Plague in India, 1896, 1897 - Volume 1
Year: 1896
Disease focus: Plague
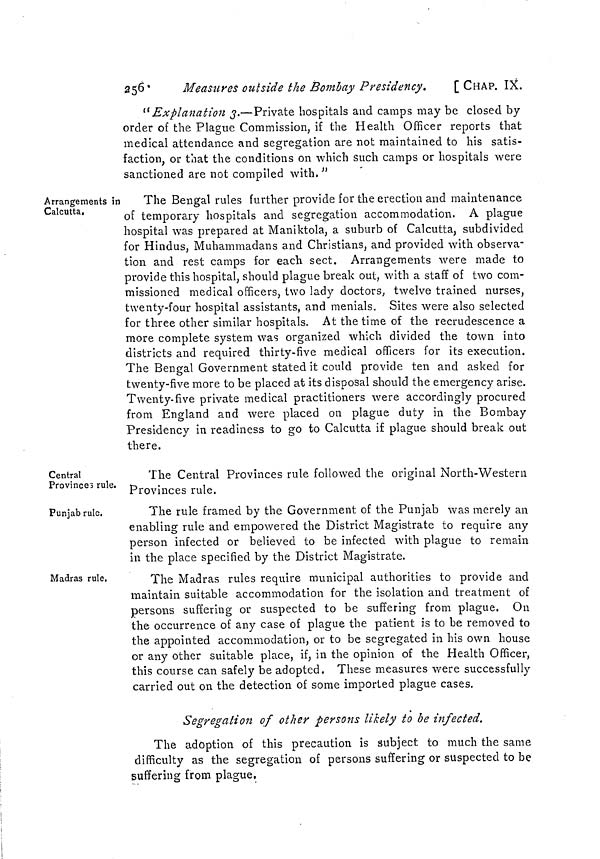
256
Measures outside the Bombay Presidency.
[ CHAP. IX.
" Explanation 3.—Private hospitals and camps may be closed by
order of the Plague Commission, if the Health Officer reports that
medical attendance and segregation are not maintained to his satis-
faction, or that the conditions on which such camps or hospitals were
sanctioned are not compiled with. "
Arrangements in
Calcutta.
The Bengal rules further provide for the erection and maintenance
of temporary hospitals and segregation accommodation. A plague
hospital was prepared at Maniktola, a suburb of Calcutta, subdivided
for Hindus, Muhammadans and Christians, and provided with observa-
tion and rest camps for each sect. Arrangements were made to
provide this hospital, should plague break out, with a staff of two com-
missioned medical officers, two lady doctors, twelve trained nurses,
twenty-four hospital assistants, and menials. Sites were also selected
for three other similar hospitals. At the time of the recrudescence a
more complete system was organized which divided the town into
districts and required thirty-five medical officers for its execution.
The Bengal Government stated it could provide ten and asked for
twenty-five more to be placed at its disposal should the emergency arise.
Twenty-five private medical practitioners were accordingly procured
from England and were placed on plague duty in the Bombay
Presidency in readiness to go to Calcutta if plague should break out
there.
Central
Provinces rule.
The Central Provinces rule followed the original North-Western
Provinces rule.
Punjab rule.
The rule framed by the Government of the Punjab was merely an
enabling rule and empowered the District Magistrate to require any
person infected or believed to be infected with plague to remain
in the place specified by the District Magistrate.
Madras rule.
The Madras rules require municipal authorities to provide and
maintain suitable accommodation for the isolation and treatment of
persons suffering or suspected to be suffering from plague. On
the occurrence of any case of plague the patient is to be removed to
the appointed accommodation, or to be segregated in his own house
or any other suitable place, if, in the opinion of the Health Officer,
this course can safely be adopted. These measures were successfully
carried out on the detection of some imported plague cases.
Segregation of other persons likely to be infected.
The adoption of this precaution is subject to much the same
difficulty as the segregation of persons suffering or suspected to be
suffering from plague.